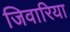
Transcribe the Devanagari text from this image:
जिवारिया